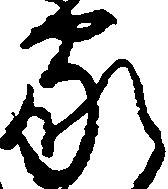
家